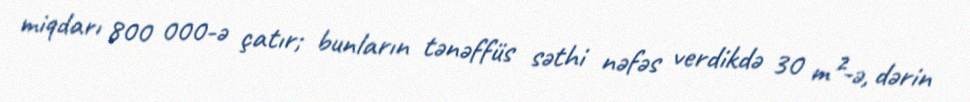
miqdarı 800 000-ə çatır; bunların tənəffüs səthi nəfəs verdikdə 30 m²-ə, dərin